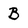
Character: B